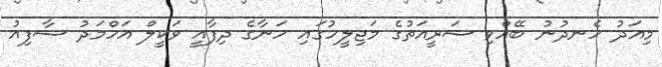
މިއަދު ހެނދުނު ބޭއްވި ޝަރީއަތުގެ މަޖިލީހުގައި ހަނާގެ ދިފާއީ ވަކީލް އަހްމަދު ޝާފިއު